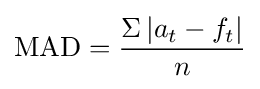
{\text{MAD}}={\frac {\Sigma \left|a_{t}-f_{t}\right|}{n}}